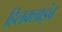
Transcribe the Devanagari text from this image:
हिलक्‍लाइंब